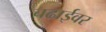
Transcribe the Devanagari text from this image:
चढाईवर